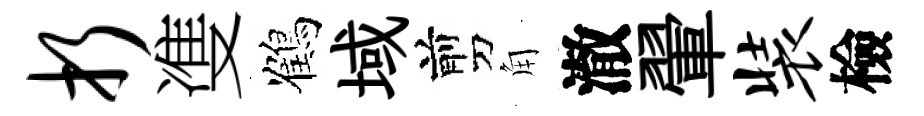
折㕠鶴域剪角澈翬装檢